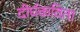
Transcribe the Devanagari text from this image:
दीर्घकविता